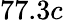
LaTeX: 77.3c